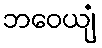
ဘဝေယျံ